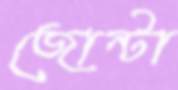
জোন্টা